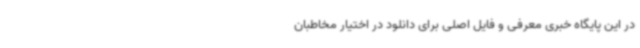
در این پایگاه خبری معرفی و فایل اصلی برای دانلود در اختیار مخاطبان